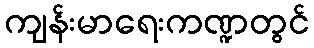
ကျန်းမာရေးကဏ္ဍတွင်